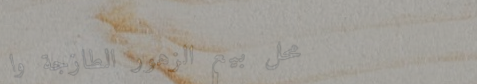
محل بيع الزهور الطازجة وا